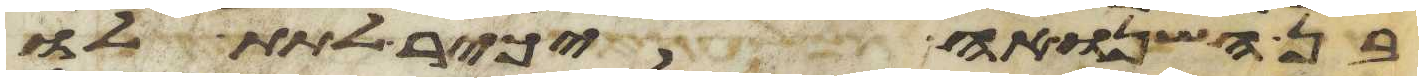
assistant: בן השנואה יכיר לתת לו